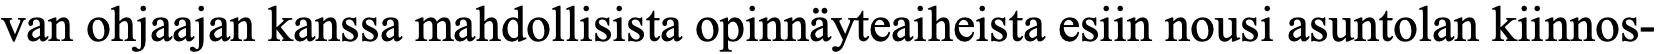
van ohjaajan kanssa mahdollisista opinnäyteaiheista esiin nousi asuntolan kiinnos-